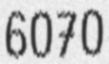
6070